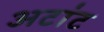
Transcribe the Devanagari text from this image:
अटांट